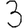
Digit: 3